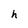
Character: h